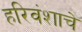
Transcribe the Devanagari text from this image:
हरिवंशाचे